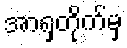
အာရှတိုက်မှ